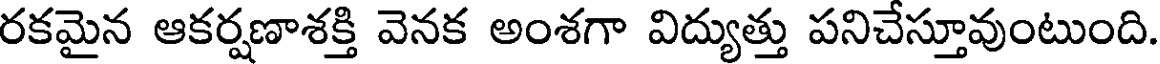
రకమైన ఆకర్షణాశక్తి వెనక అంశగా విద్యుత్తు పనిచేస్తూవుంటుంది